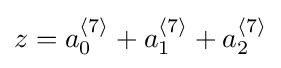
z=a_{0}^{{\mathcal {h}}7{\mathcal {i}}}+a_{1}^{{\mathcal {h}}7{\mathcal {i}}}+a_{2}^{{\mathcal {h}}7{\mathcal {i}}}